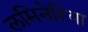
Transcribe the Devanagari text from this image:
लमिनेरिया